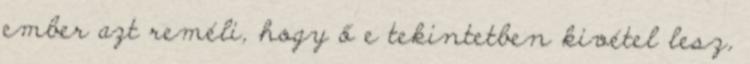
ember azt reméli, hogy ő e tekintetben kivétel lesz,